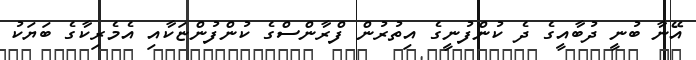
އޭނާ ބުނީ ދުބާއީގެ ދެ ކުންފުނީގެ އިތުރުން ފްރާންސްގެ ކުންފުންޏަކާއި އެމެރިކާގެ ބަަޔަކު